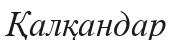
Қалқандар